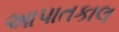
આપાતકાલ